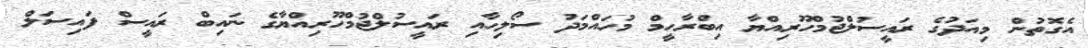
އެގޮތުން މިއަދުގެ ރައީސުލްޖުމްހޫރިއްޔާ އިބްރާހީމް މުހައްމަދު ސޯލިހާއި ރައީސުލްޖުމްހޫރިއްޔާގެ ނައިބް ރައީސް ފައިސަލް